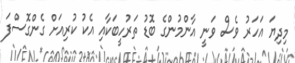
މިދިޔަ އަހަރު ވެސް ވަނީ އާންމުންގެ ބޮޑު ތަރުހީބަކާއި އެކު ކުރިއަށް ގެންގޮސްފަ